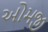
ઓમજી